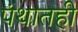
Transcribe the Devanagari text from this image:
पंथातही